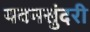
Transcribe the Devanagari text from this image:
यवनसुंदरी